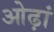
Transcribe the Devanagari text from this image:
ओढ़ां